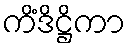
ကိံဒိဋ္ဌိကာ